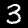
Label: 3